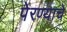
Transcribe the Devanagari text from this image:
पेरण्याचे